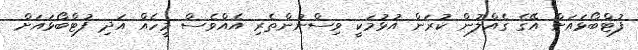
ފުޓްބޯޅައަށް އޭގެ ގެއްލުން ކުރަން އުޅުމަކީ ވިސްނުންތެރި އެއްވެސް މީހެއް އަދި ފުޓްބޯޅައަށް